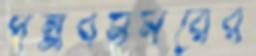
পল্লবমর্মরের